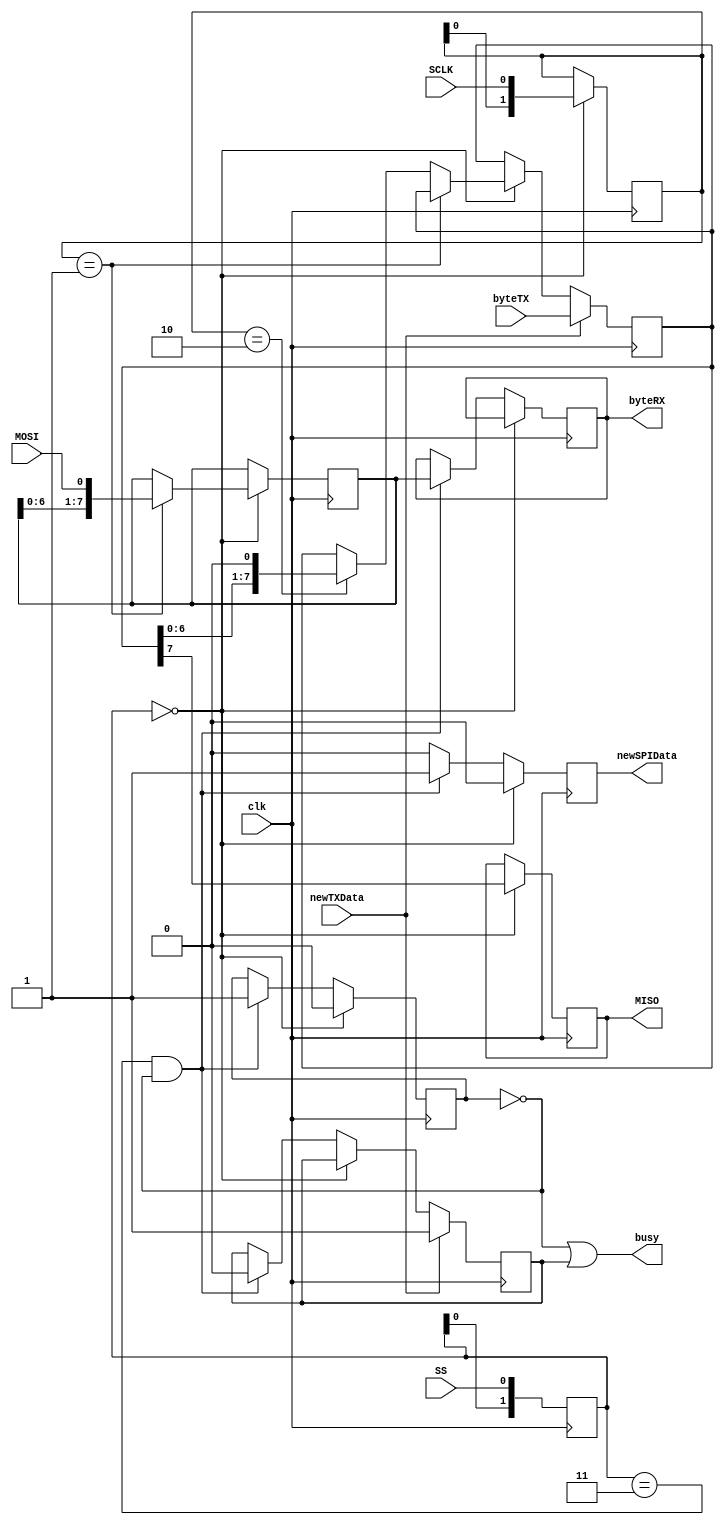
module spiSlave #(

	parameter WIDTH = 8

)(

	input clk,

	input SS,
	input SCLK,
	input MOSI,
	output reg MISO = 0,

	input [WIDTH - 1:0] byteTX,
	input	newTXData,
	output reg [WIDTH - 1:0] byteRX = 0,
	output reg newSPIData = 0,
	output wire busy
);

reg txCaptured = 0;
reg rxCaptured = 1;
reg [1:0] SSShiftReg  = 2'b11;
reg [1:0] SCLKShiftReg  = 0;
reg [WIDTH - 1:0] byteTXBuffer;
reg [WIDTH - 1:0] byteRXBuffer = 8'b0;

assign busy = !rxCaptured || txCaptured;

always@(posedge clk) begin

	newSPIData <= 0 ;
		
	SSShiftReg <= {SSShiftReg[0], SS};

	if(SSShiftReg == 2'd0) begin

		rxCaptured <= 0;
		MISO <= byteTXBuffer[WIDTH-1];

		SCLKShiftReg <= {SCLKShiftReg[0], SCLK};

		if(SCLKShiftReg == 2'b01) 
			byteRXBuffer <= {byteRXBuffer[WIDTH-2:0], MOSI};

		else if(SCLKShiftReg == 2'b10) 
			byteTXBuffer <= {byteTXBuffer[WIDTH-2:0], 1'b0};

	end

	else if(SSShiftReg == 2'b11 && !rxCaptured) begin
		
		txCaptured <= 0;
		
		newSPIData <= 1;
		rxCaptured <= 1;
		byteRX <= byteRXBuffer;

	end

	if(newTXData) begin
		
		txCaptured <= 1;
		byteTXBuffer <= byteTX;
		
	end
	 	
end

endmodule